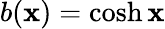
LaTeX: b(\mathbf{x})=\cosh\mathbf{x}